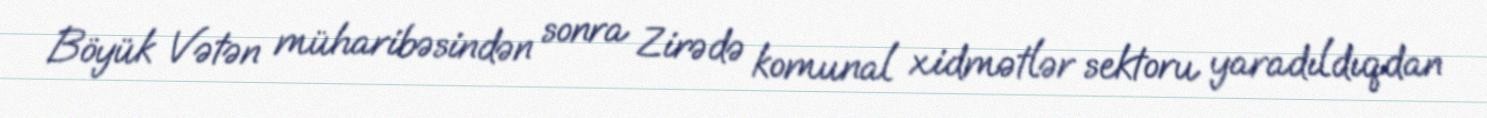
Böyük Vətən müharibəsindən sonra Zirədə komunal xidmətlər sektoru yaradıldıqdan